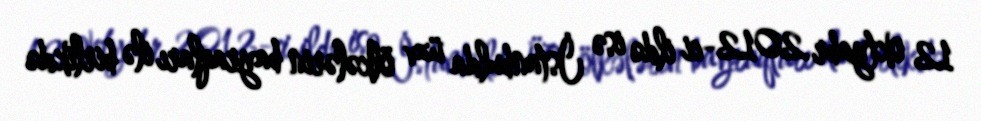
12 oktyabr 2012-ci ildə isə İstanbulda üzv ölkələrin bayraqları ilə birlikdə